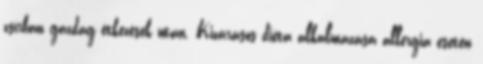
zsírban gazdag étkezések után. Kizárásos diéta alkalmazása allergia esetén